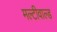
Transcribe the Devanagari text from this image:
मल्टीवाल्ड